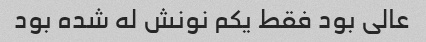
عالی بود فقط یکم نونش له شده بود